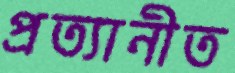
প্রত্যানীত